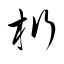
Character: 桁